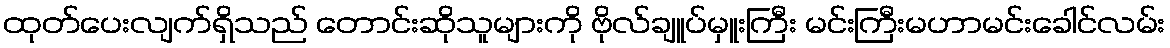
ထုတ်ပေးလျက်ရှိသည် တောင်းဆိုသူများကို ဗိုလ်ချူပ်မှူးကြီး မင်းကြီးမဟာမင်းခေါင်လမ်း